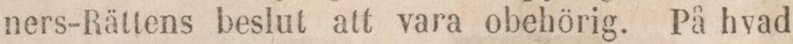
ners-Rättens beslut att vara obehörig. På hvad